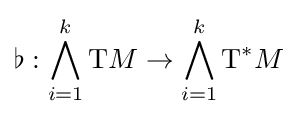
\flat :\bigwedge _{i=1}^{k}{\rm {T}}M\to \bigwedge _{i=1}^{k}{\rm {T}}^{*}M